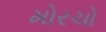
મોરચો